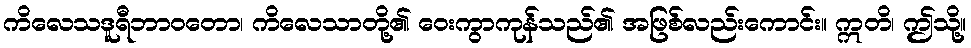
ကိလေသဒူရီဘာဝတော၊ ကိလေသာတို့၏ ဝေးကွာကုန်သည်၏ အဖြစ်လည်းကောင်း။ ဣတိ၊ ဤသို့။